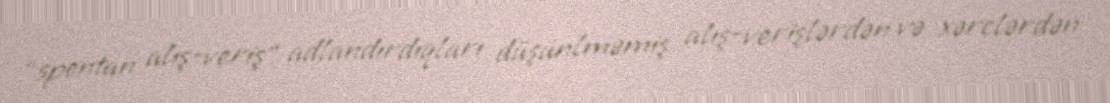
“spontan alış-veriş” adlandırdıqları düşünlməmiş alış-verişlərdən və xərclərdən